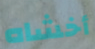
أخشاه